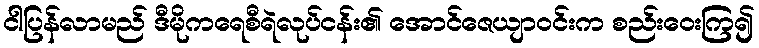
ငါပြန်လာမည် ဒီမိုကရေစီရဲလုပ်ငန်း၏ အောင်ဇေယျာဝင်းက စည်းဝေးကြ၍